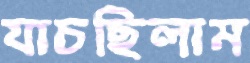
যাচছিলাম